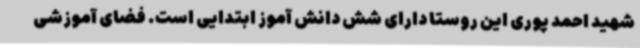
شهید احمد پوری این روستا دارای شش دانش آموز ابتدایی است. فضای آموزشی